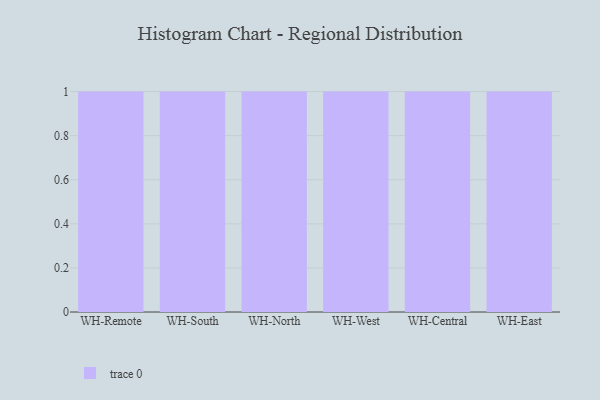
{"axis": {"x": "Warehouse", "y": "Latency (ms)"}, "legend": [""], "data": [{"x": "WH-Remote", "y": 42, "type": ""}, {"x": "WH-South", "y": 5, "type": ""}, {"x": "WH-North", "y": 58, "type": ""}, {"x": "WH-West", "y": 63, "type": ""}, {"x": "WH-Central", "y": 41, "type": ""}, {"x": "WH-East", "y": 58, "type": ""}]}